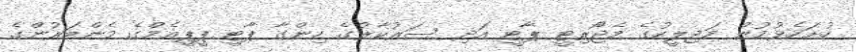
ހުށަހެޅުމުން މަޖިލީހުގެ މެޖޯރިޓީ ޕާޓީ އަދި ސަރުކާރުގެ ހިންގާ ޕާޓީ ޕީޕީއެމްގެ މެންބަރުންގެ